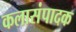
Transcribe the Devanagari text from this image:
कलासंपादक